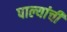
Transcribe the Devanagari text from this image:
पाल्यांची